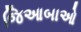
જિઆબાઓ